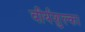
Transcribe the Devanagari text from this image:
वीर्यशुल्का